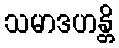
သမာဒဟန္တိ